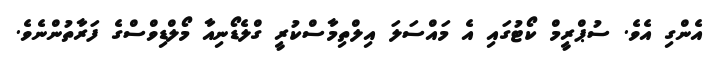
އެންގި އެވެ. ސުޕްރީމް ކޯޓުގައި އެ މައްސަލަ އިލްތިމާސްކުރީ ގްލެޑޯނިއާ މޯލްޑިވްސްގެ ފަރާތުންނެވެ.